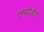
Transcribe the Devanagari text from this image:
एसटीओपी